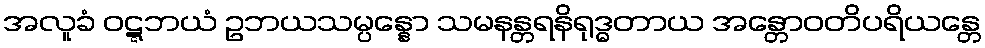
အလူခံ ဝဋ္ဋဘယံ ဥဘယသမ္ပန္နော သမနန္တရနိရုဒ္ဓတာယ အန္တောဝတိပရိယန္တေ